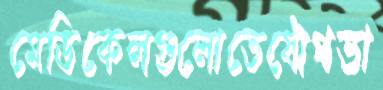
মেডিকেলগুলোতেযৌথভা